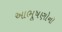
આભૂષણોનો